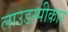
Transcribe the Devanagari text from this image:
लाउडस्पीकार